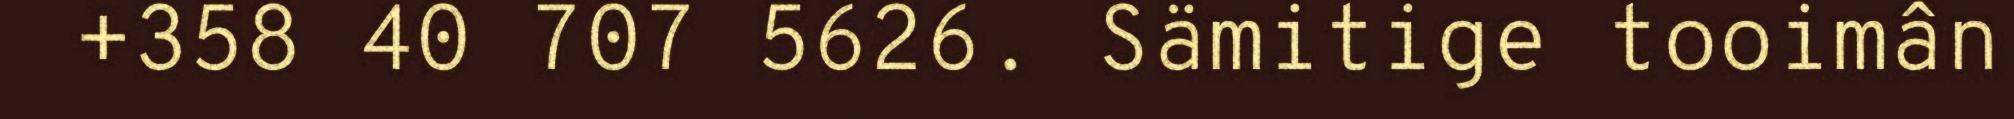
+358 40 707 5626. Sämitige tooimân